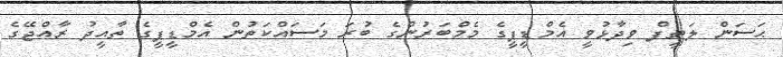
ޙަސަން ލަތީފް ވިދާޅުވީ އެމްޑީޕީގެ މެމްބަރުންގެ ބުރަ މަސައްކަތުން އެމްޑީޕީގެ ތާއީދު ރާއްޖޭގެ